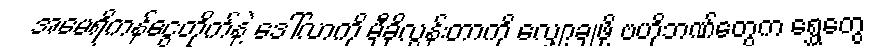
အမေရိကန်ငွေတိုက်နဲ့ ဒေါ်လာကို မှီခိုလွန်းတာကို လျှော့ချဖို့ ဗဟိုဘဏ်တွေက ရွှေတွေ